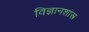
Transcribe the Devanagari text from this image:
विज्ञानशास्त्र